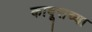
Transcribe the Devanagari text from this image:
काबूसच्या